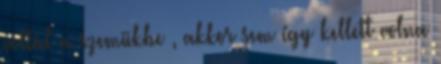
voltál a szemükbe , akkor sem így kellett volna